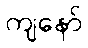
ကျနော်